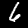
Digit: 6